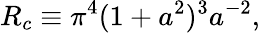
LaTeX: R_{c}\equiv\pi^{4}(1+a^{2})^{3}a^{-2},